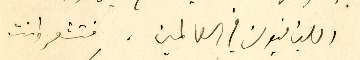
اللبنانيون في العالمين. فتشعر وانت